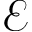
\mathcal { E }